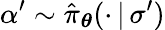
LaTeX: \alpha^{\prime}\sim\hat{\pi}_{\boldsymbol{\theta}}(\cdot\, \vert\, \sigma^{\prime})